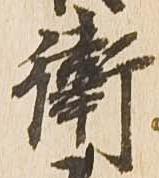
衛